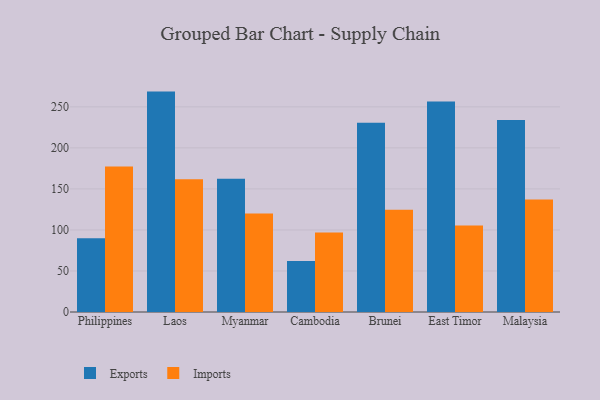
{"axis": {"x": "Country", "y": "Latency (ms)"}, "legend": ["Exports", "Imports"], "data": [{"x": "Philippines", "y": 90.0, "type": "Exports"}, {"x": "Philippines", "y": 177.3, "type": "Imports"}, {"x": "Laos", "y": 268.6, "type": "Exports"}, {"x": "Laos", "y": 161.8, "type": "Imports"}, {"x": "Myanmar", "y": 162.4, "type": "Exports"}, {"x": "Myanmar", "y": 119.9, "type": "Imports"}, {"x": "Cambodia", "y": 62.1, "type": "Exports"}, {"x": "Cambodia", "y": 97.0, "type": "Imports"}, {"x": "Brunei", "y": 230.5, "type": "Exports"}, {"x": "Brunei", "y": 124.7, "type": "Imports"}, {"x": "East Timor", "y": 256.5, "type": "Exports"}, {"x": "East Timor", "y": 105.5, "type": "Imports"}, {"x": "Malaysia", "y": 234.0, "type": "Exports"}, {"x": "Malaysia", "y": 137.1, "type": "Imports"}]}